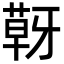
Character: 𮐍